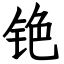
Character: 铯